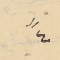
٤"